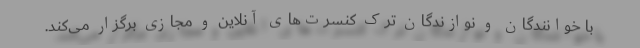
با خوانندگان و نوازندگان ترک کنسرت‌های آنلاین و مجازی برگزار می‌کند.